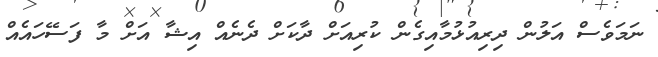
ނަމަވެސް އަލުން ދިރިއުޅުމާއިގެން ކުރިއަށް ދާކަށް ދެނެއް އިޝާ އަށް މާ ފަސޭހައެއް